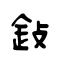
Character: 鈙